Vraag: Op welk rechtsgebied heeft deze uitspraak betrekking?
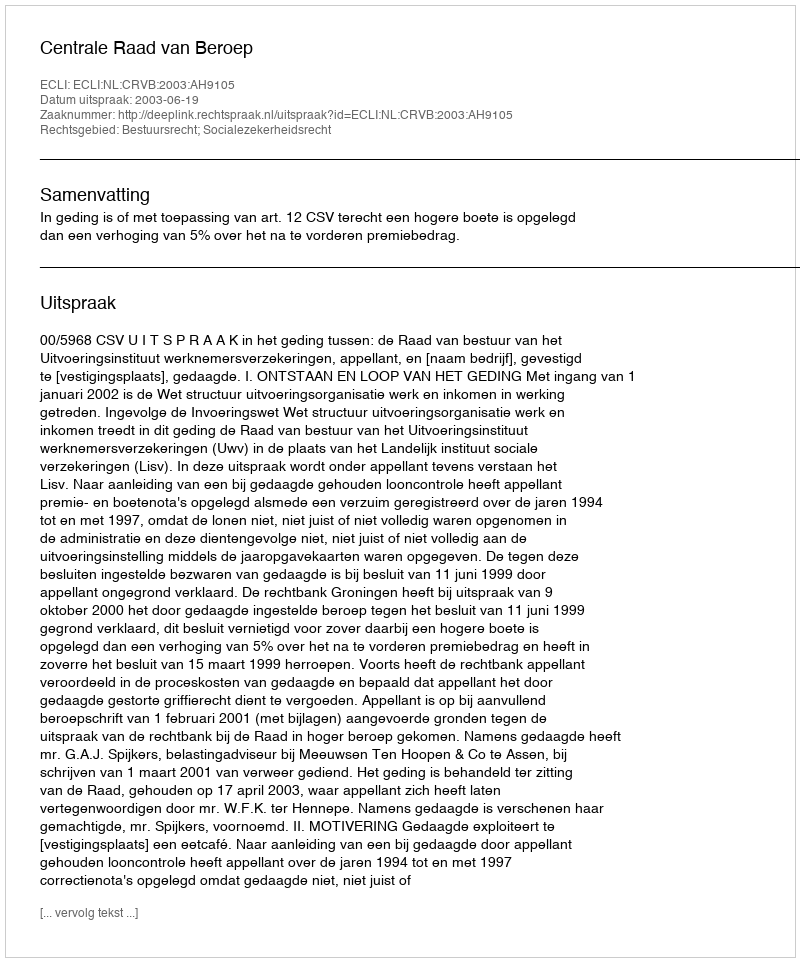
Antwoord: Bestuursrecht; Socialezekerheidsrecht